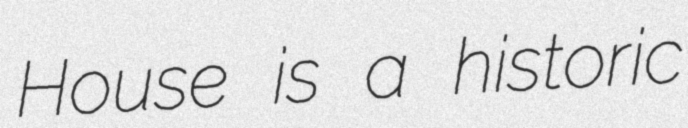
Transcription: House is a historic